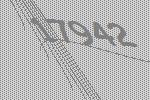
17942